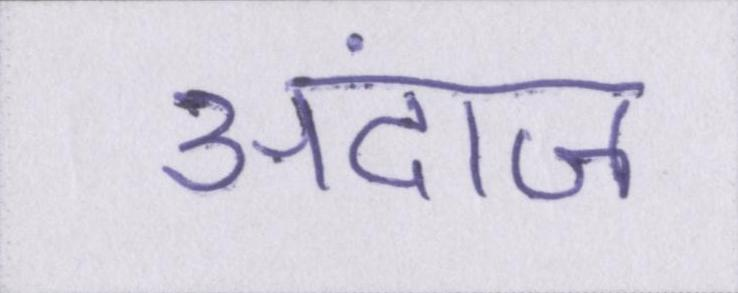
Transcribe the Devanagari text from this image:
अंदाज